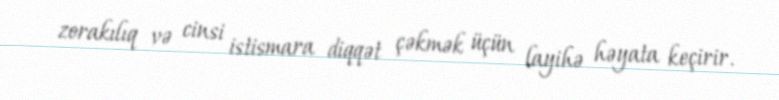
zorakılıq və cinsi istismara diqqət çəkmək üçün layihə həyata keçirir.